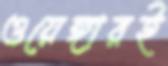
ওয়েঙ্গারই